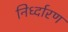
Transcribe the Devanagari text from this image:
निर्ध्दारण